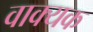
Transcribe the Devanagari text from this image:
वाक्यक